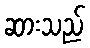
ဆားသည်